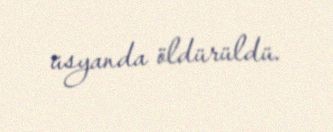
üsyanda öldürüldü.